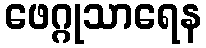
ဖေဂ္ဂုသာရေန